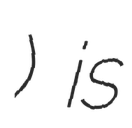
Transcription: Генералов) is